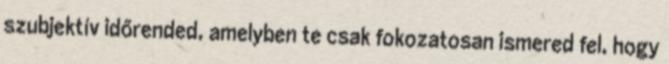
szubjektív időrended, amelyben te csak fokozatosan ismered fel, hogy